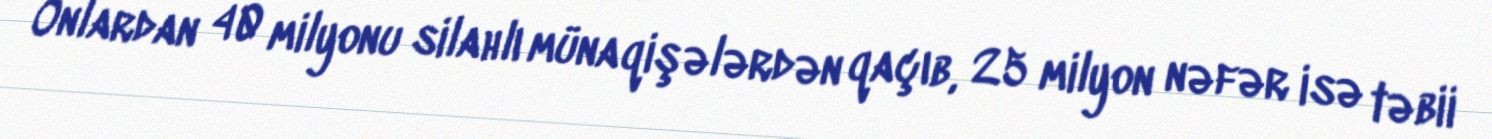
Onlardan 40 milyonu silahlı münaqişələrdən qaçıb, 25 milyon nəfər isə təbii